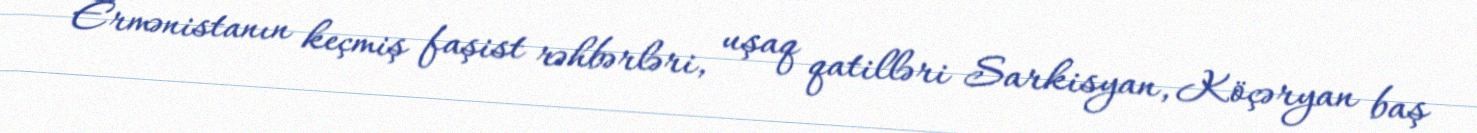
Ermənistanın keçmiş faşist rəhbərləri, uşaq qatilləri Sarkisyan, Köçəryan baş